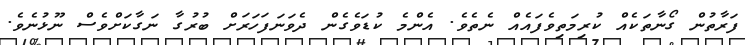
ފަރާތުން ގޯނާތަކެއް ކުރިމަތިވެފައެއް ނެތެވެ. އެންމެ ކުޑަވެގެން ދެވަނަފަހަރަށް ބުރުގާ ނަގާކަށްވެސް ނޫޅުނެވެ.